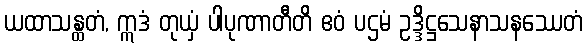
ယထာသန္ထတံ, ဣဒံ တုယှံ ပါပုဏာတီတိ ဧဝံ ပဌမံ ဥဒ္ဒိဋ္ဌသေနာသနဿေတံ